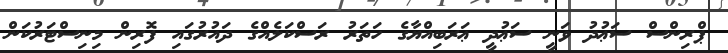
ޕްރިންސް ސަޢުދު ވަނީ ސަޢުދީ ޢަރަބިއްޔާގެ ހަތަރު ރަސްކަލެއްގެ ދައުރުގައި ފޮރިން މިނިސްޓަރުކަން